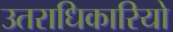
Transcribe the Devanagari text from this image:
उतराधिकारियो